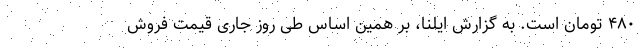
۴۸۰ تومان است. به گزارش ایلنا، بر همین‌ اساس طی روز جاری قیمت فروش